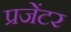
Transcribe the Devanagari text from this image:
प्रजेंटर